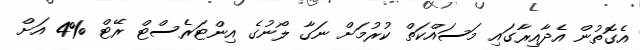
އެގޮތުން އެދާއިރާގައި މަސައްކަތް ކުރުމަށް ނަގާ ލޯނުގެ އިންޓަރެސްޓް ރޭޓް %4 އަށް